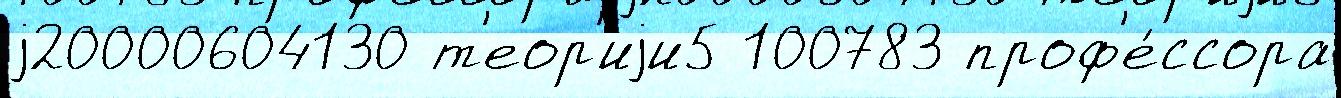
j20000604130 т'еор'иjи5 100783 проф'е́ссора